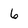
Character: 6